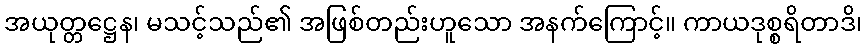
အယုတ္တဋ္ဌေန၊ မသင့်သည်၏ အဖြစ်တည်းဟူသော အနက်ကြောင့်။ ကာယဒုစ္စရိတာဒိ၊